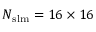
N _ { \mathrm { { s l m } } } = 1 6 \times 1 6